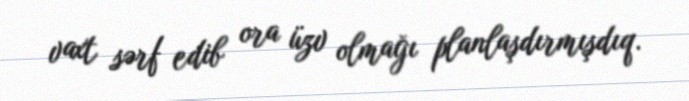
vaxt sərf edib ora üzv olmağı planlaşdırmışdıq.